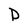
Character: D